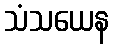
သံသယေန